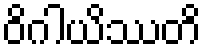
ဝိဂါယိဿတိ